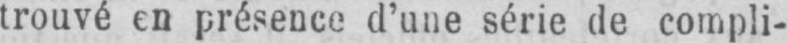
trouvé en présence d’une série de compli-